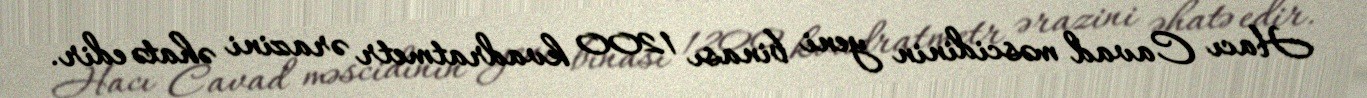
Hacı Cavad məscidinin yeni binası 1200 kvadratmetr ərazini əhatə edir.